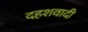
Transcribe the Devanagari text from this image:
दहशवादी